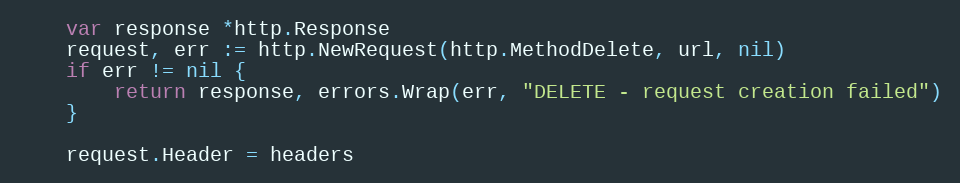
Language: Go
	var response *http.Response
	request, err := http.NewRequest(http.MethodDelete, url, nil)
	if err != nil {
		return response, errors.Wrap(err, "DELETE - request creation failed")
	}

	request.Header = headers